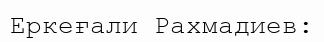
Еркеғали Рахмадиев: